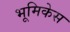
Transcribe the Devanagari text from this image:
भूमिकेस